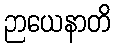
ဉာယေနာတိ